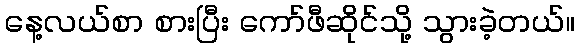
နေ့လယ်စာ စားပြီး ကော်ဖီဆိုင်သို့ သွားခဲ့တယ်။